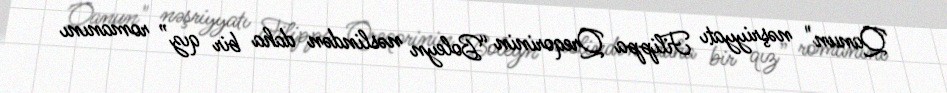
Qanun" nəşriyyatı Filippa Qreqorinin “Boleyn nəslindən daha bir qız” romanını